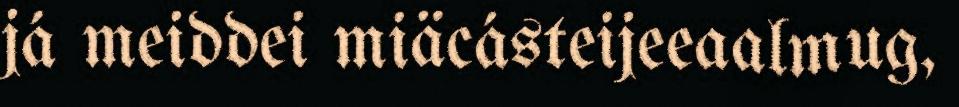
já meiddei miäcásteijeeaalmug,